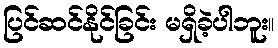
ပြင်ဆင်နိုင်ခြင်း မရှိခဲ့ပါဘူး။